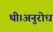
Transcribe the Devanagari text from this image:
थी।अनुरोध